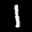
Label: 1